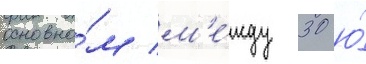
основно́м м'е́жду 30 ю́